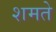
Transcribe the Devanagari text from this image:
शमते